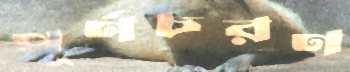
পূর্ণচরণ